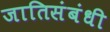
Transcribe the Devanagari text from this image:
जातिसंबंधी